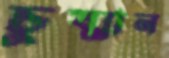
চুষ্মান